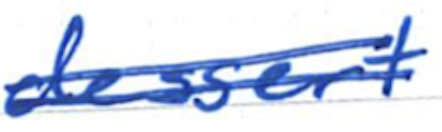
Text: dessert
Cross-out: double-line
Writing tool: ballpoint